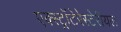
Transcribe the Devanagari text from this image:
एक्स्ट्रॉटेरेस्टेरीयल